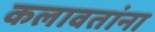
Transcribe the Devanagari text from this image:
कलावतांना